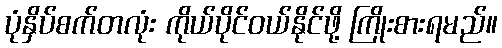
ပုံနှိပ်စက်တလုံး ကိုယ်ပိုင်ဝယ်နိုင်ဖို့ ကြိုးစားရမည်။